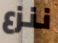
ننزع